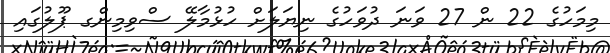
މިމަހުގެ 22 ން 27 ވަނަ ދުވަހުގެ ނިޔަލަށް ހުޅުމާލޭ ސްވިމިންގ ޕޫލުގައި